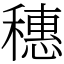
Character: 穗